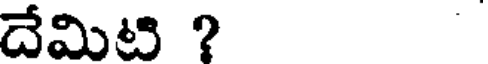
దేమిటి ?